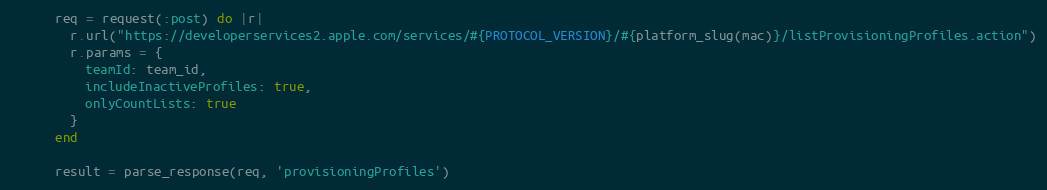
Language: Ruby
      req = request(:post) do |r|
        r.url("https://developerservices2.apple.com/services/#{PROTOCOL_VERSION}/#{platform_slug(mac)}/listProvisioningProfiles.action")
        r.params = {
          teamId: team_id,
          includeInactiveProfiles: true,
          onlyCountLists: true
        }
      end

      result = parse_response(req, 'provisioningProfiles')